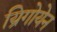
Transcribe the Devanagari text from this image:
य्रिगोयेन